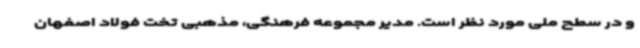
و در سطح ملی مورد نظر است. مدیر مجموعه فرهنگی، مذهبی تخت فولاد اصفهان